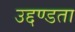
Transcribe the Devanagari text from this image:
उद्दण्डता